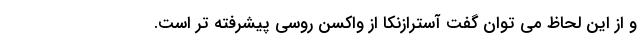
و از این لحاظ می توان گفت آسترازنکا از واکسن روسی پیشرفته تر است.